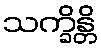
သက္ခိန္တိ